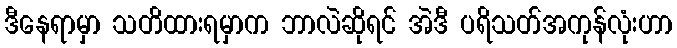
ဒီနေရာမှာ သတိထားရမှာက ဘာလဲဆိုရင် အဲဒီ ပရိသတ်အကုန်လုံးဟာ